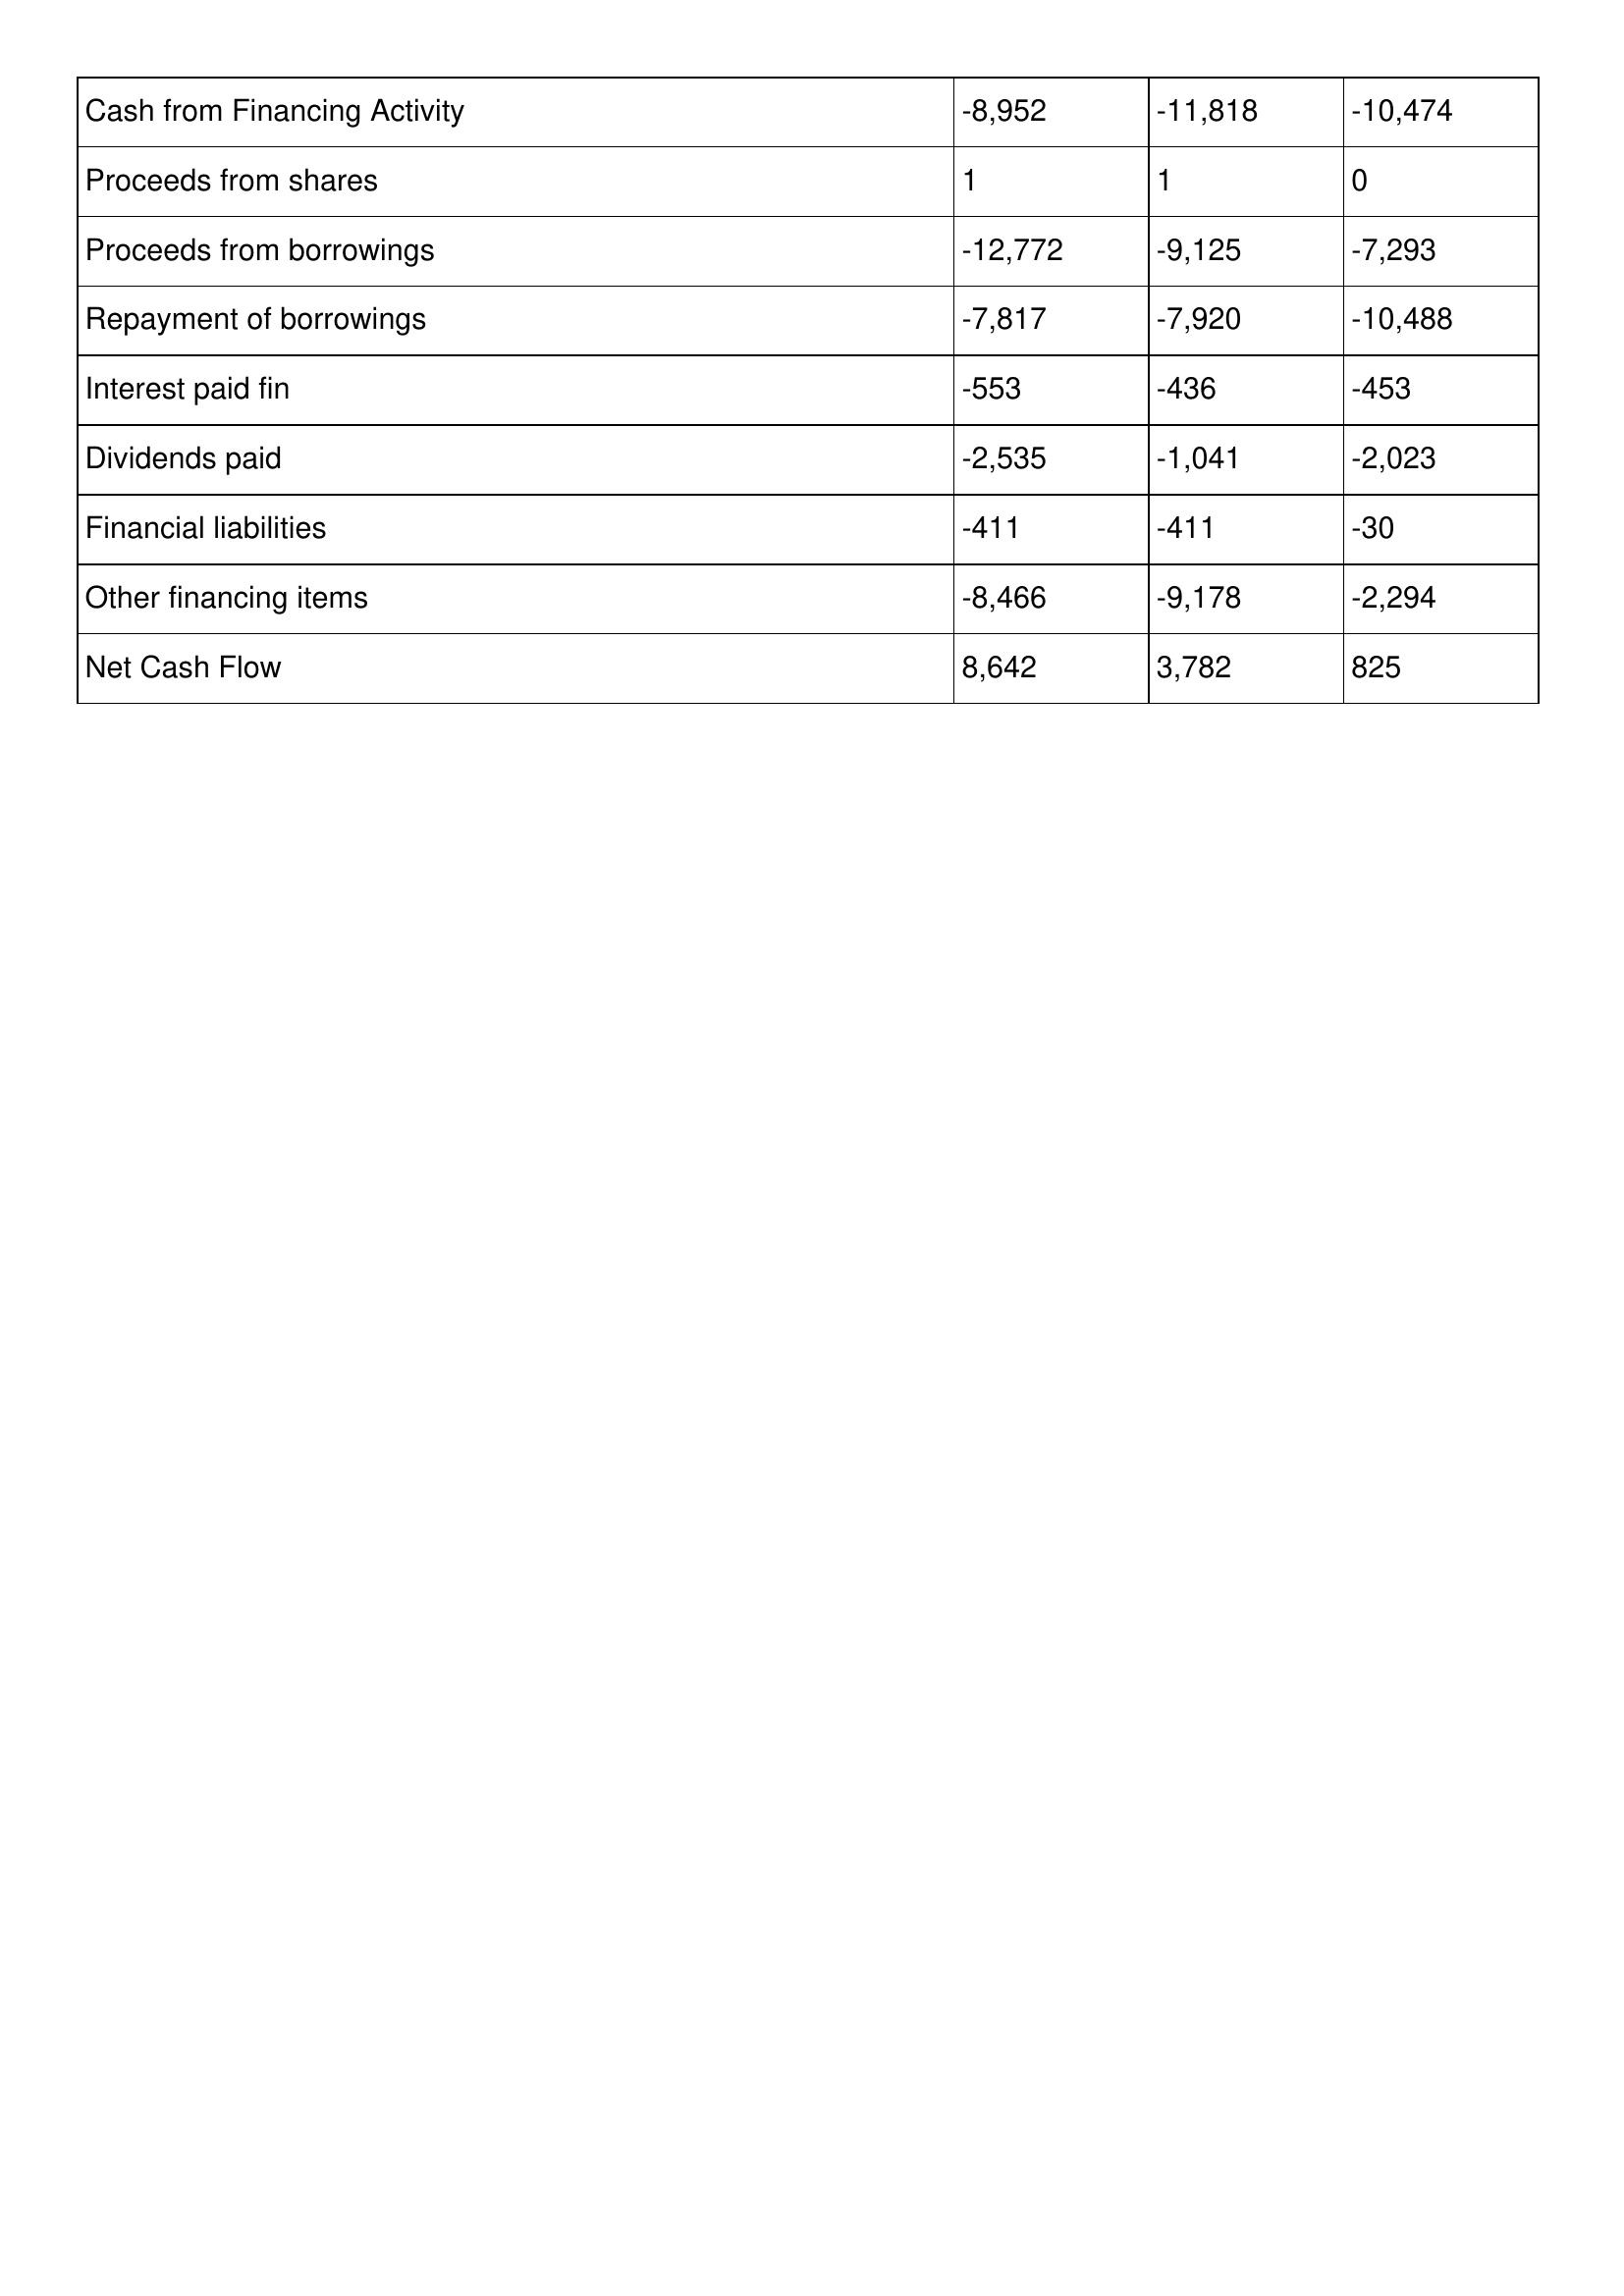
gt_parse: 1998: Cash Flows: Cash from Financing Activity: -8,952
Proceeds from shares: 1
Proceeds from borrowings: -12,772
Repayment of borrowings: -7,817
Interest paid fin: -553
Dividends paid: -2,535
Financial liabilities: -411
Other financing items: -8,466
Net Cash Flow: 8,642
1997: Cash Flows: Cash from Financing Activity: -11,818
Proceeds from shares: 1
Proceeds from borrowings: -9,125
Repayment of borrowings: -7,920
Interest paid fin: -436
Dividends paid: -1,041
Financial liabilities: -411
Other financing items: -9,178
Net Cash Flow: 3,782
1996: Cash Flows: Cash from Financing Activity: -10,474
Proceeds from shares: 0
Proceeds from borrowings: -7,293
Repayment of borrowings: -10,488
Interest paid fin: -453
Dividends paid: -2,023
Financial liabilities: -30
Other financing items: -2,294
Net Cash Flow: 825